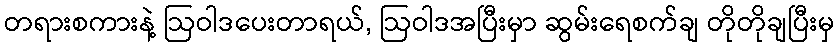
တရားစကားနဲ့ ဩဝါဒပေးတာရယ်, ဩဝါဒအပြီးမှာ ဆွမ်းရေစက်ချ တိုတိုချပြီးမှ